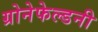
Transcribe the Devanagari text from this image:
ग्रोनेफेल्डनी